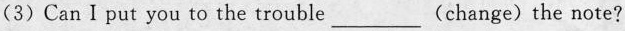
(3)Can I put you to the trouble___(change)the note?